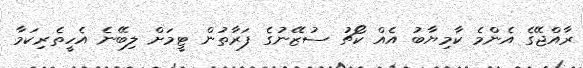
ރާއްޖޭގެ އެންމެ ކާމިޔާބު އެއް ކޯޗު ސުޒޭނުގެ ފަރާތުން ޓީމަށް ލިބޭނެ އެހީތެރިކަމާ